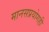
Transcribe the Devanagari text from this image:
मानसप्रयोगही